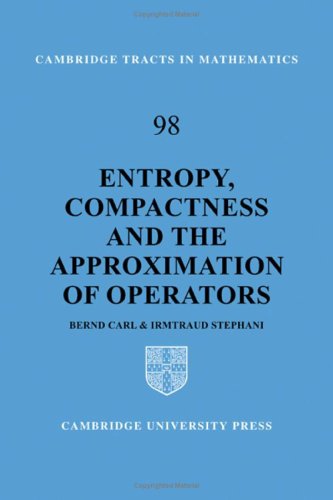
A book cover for Entropy, Compactness and the Approximation of Operators (Cambridge Tracts in Mathematics); Bernd Carl; Science & Math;